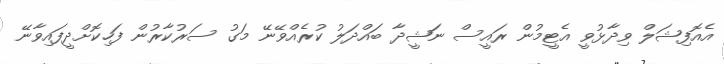
އެއޮފިޝަލް ވިދާޅުވީ އެޓީމުން ރައީސް ނަޝީދާ ބައްދަލު ކުރެއްވޭނޭ މަގު ސަރުކާރުން ފަހިކޮށްދީފައިވާނޭ